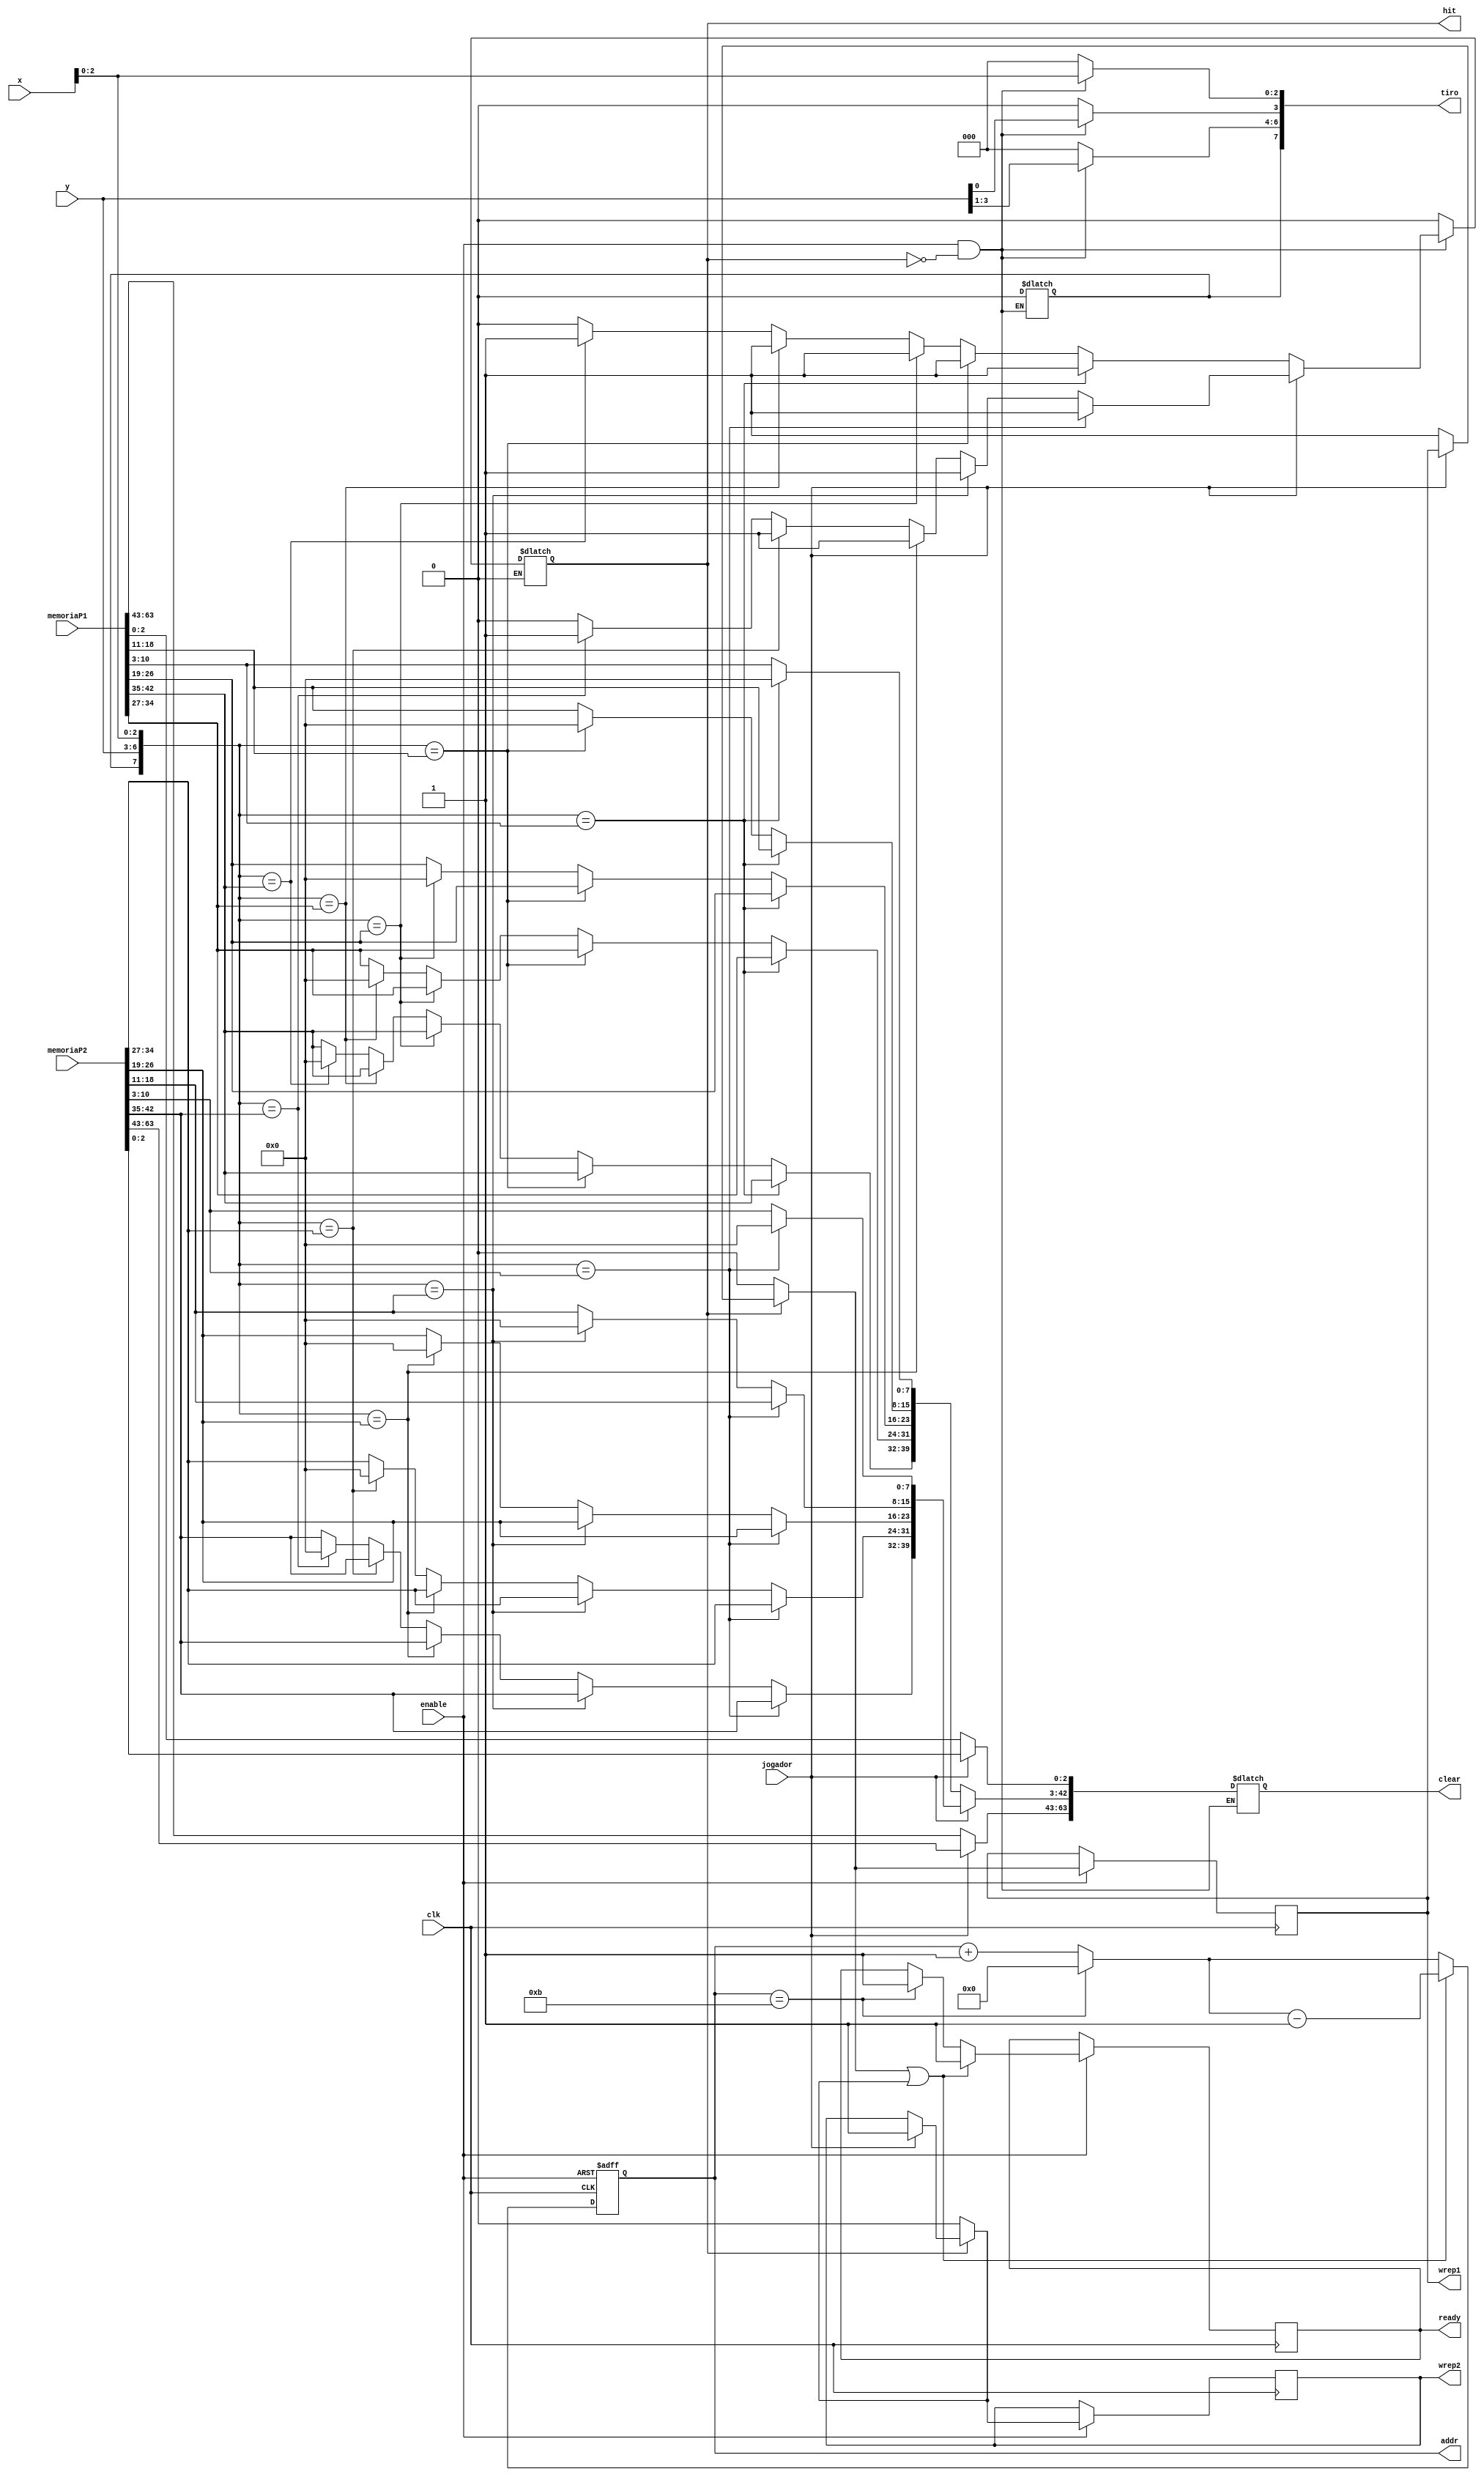
/* Modulo de Gerenciamento de Colisao */
/*
  Anotaes:
  
  - Verifica o acerto de tiro na embarcao inimiga
  - Exclui da memria caso a coordenada seja encontrada
  - Leva 11 pulsos de clock para percorrer toda a memoria
  
  --------------------------------------------------------
*/

module Colisor
(
  /*
  
   @param clk - clock do sistema
   @enable    - habilita o mdulo
   @param x   - coordenad x do tiro
   @param y   - coordenad y do tiro
   @param memoriaP1 - vetor de coordenadas lido da memoria do player 1
	@param memoriaP2 - vetor de coordenadas lido da memoria do player 2
	@param jogador - Jogador que atirou
    
  */
  enable, x, y, clk, jogador, memoriaP1, memoriaP2,
  
  /*
  
	@param ready - passa a atribuicao de volta ao mdulo que o chamou
	@param hit - se a posicao verificada ja existe na memoria tiro eh 1, se nao conflito eh 0 
	@param wrep1 - write enable player 1
	@param wrep2 - write enable player 2
	@param addr - endereo para ler na memoria
	@param clear - vetor que ira substituir por zero um endereco ja atingido em memoriaP1 ou  memoriaP2
	 
  */
  ready, hit, wrep1, wrep2, tiro, addr, clear
);


/*

Vetor lido da memoria
[0-2(tipo), 3-44(posies), 45-47(Peas disponiveis na embarcacao)]
O resto das posicoes, de 48 a 64 sao vazias, com 0
Ex.: Porta avies inicia com 5 peas, caso chegue a zero todas as embarcaes so destruidas.

*/
input [63:0] memoriaP1;
input [63:0] memoriaP2;
input clk, enable; 
input [3:0] x;
input [3:0] y;
input jogador;

output reg ready;
output reg hit;
output reg wrep1;
output reg wrep2;
output reg [4:0] addr;
output reg [63:0] clear;

/* Tiro - vetor com as coordenadasx e y do tiro */
output reg [7:0] tiro;	// Nao ha sentido no mesmo ser um output, no entanto, como um registrador apenas, ocorre um erro de "memoria insuficiente"

always @ (posedge clk or negedge enable) begin		
	
	if (enable == 0) begin
		addr = 5'd0;
	end else begin
		if (addr == 5'd11) begin		// se o endereco eh maior que o endereco do ultimo
			addr = 5'd0;					// zera o endereco
			ready = 1'b1;					// informa que terminou a tarefa
		end else begin
			addr = addr + 5'd1;			// incrementa o endereo para verificar na memoria. Em um total de 11 pulsos de clock ele verifica a memoria inteira
		end

		if(hit == 1'b1) begin
			if(jogador == 0) begin
				wrep1 = 1'b1;				// habilita a escrita na memoria
			end else begin
				wrep2 = 1'b1;				// habilita a escrita na memoria
			end
		end else begin
			wrep1 = 1'b0;					// desabilita escrita em memoria
			wrep2 = 1'b0;					// desabilita escrita em memoria
		end
	
		if((wrep1 == 1'b1) || (wrep2 == 1'b1)) begin			// se escrita eh permitida
			addr = addr - 5'd1;										// seta o endereco para o ultimo cujo tiro atingiu
			ready = 1'b1;												// informa que terminou a tarefa
		end
	end
end


/*Buscar na memoria todos os vetores e verificar se a posio ja esta ocupada */

always @(enable or addr) begin
		
	if((enable == 1) && (hit == 0)) begin
		tiro[3 -:4] = x;
		tiro[6 -:4] = y;
		
		if(jogador == 0) begin						// Se for o player 1
			clear[63:0] = memoriaP1[63:0];		//Copia para o clear o valor da memoria
			case (tiro[7 -:8])
			
				memoriaP1[10 -:8]:
				begin
					clear[10-:8] = 8'b00000000;	// insere 0 na posicao de memoria a ser apagada
					hit = 1'b1;							// Seta o tiro para player 1
				end
					
				memoriaP1[18 -:8]:
				begin
					clear[18-:8] = 8'b00000000;
					hit = 1'b1;
				end
					
				memoriaP1[26 -:8]:
				begin
					clear[26-:8] = 8'b00000000;
					hit = 1'b1;
				end
					
				memoriaP1[34 -:8]:
				begin
					clear[34-:8] = 8'b00000000;
					hit = 1'b1;
				end
					
				memoriaP1[42 -:8]:
				begin
					clear[42-:8] = 8'b00000000;
					hit = 1'b1;
				end
			
				default:
				begin
					hit = 1'b0;
				end
			endcase
			
		end else if(jogador == 1) begin			// Se for o player 2
			clear[63:0] = memoriaP2[63:0];		//Copia para o clear o valor da memoria
			case (tiro[7 -:8])
			
				memoriaP2[10 -:8]:
				begin
					clear[10-:8] = 8'b00000000;	// insere 0 na posicao de memoria a ser apagada
					hit = 1'b1;							// Seta o tiro para player 2
				end
					
				memoriaP2[18 -:8]:
				begin
					clear[18-:8] = 8'b00000000;
					hit = 1'b1;
				end
					
				memoriaP2[26 -:8]:
				begin
					clear[26-:8] = 8'b00000000;
					hit = 1'b1;
				end
					
				memoriaP2[34 -:8]:
				begin
					clear[34-:8] = 8'b00000000;
					hit = 1'b1;
				end
					
				memoriaP2[42 -:8]:
				begin
					clear[42-:8] = 8'b00000000;
					hit = 1'b1;
				end
			
				default:
				begin
					hit = 1'b0;
				end
					
			endcase
		end
				
	end

	else begin											// caso enable nao esteja habilitado
		hit = 1'b0;
		tiro[3 -:4] = 4'd0;
		tiro[7 -:4] = 4'd0;
	end
end
  
endmodule